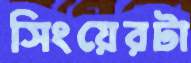
সিংয়েরটা